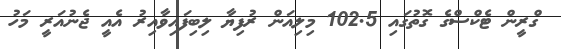
ގްރީން ޓެކްސްގެ ގޮތުގައި 102.5 މިލިއަން ރުފިޔާ ލިބިފައިވާއިރު އެއީ ޖެނުއަރީ މަހު